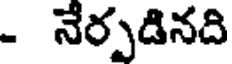
- నేర్పడినది